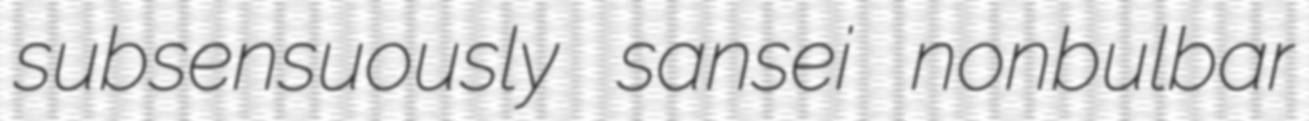
subsensuously sansei nonbulbar